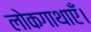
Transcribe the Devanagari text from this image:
लोकगाथाएँ।